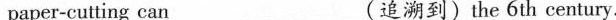
paper-cutting can ___(追溯到)the 6th century.